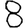
Digit: 8